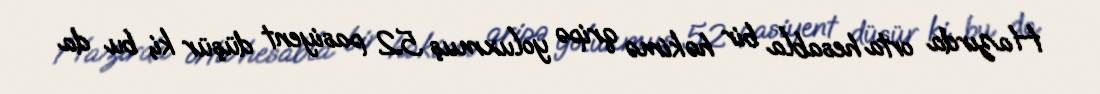
Hazırda orta hesabla bir həkimə qripə yoluxmuş 52 pasiyent düşür ki, bu da